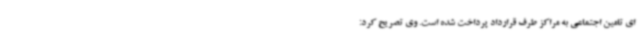
ای تامین اجتماعی به مراکز طرف قرارداد پرداخت شده است. وی تصریح کرد: